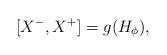
LaTeX: \begin{align*}[X^{-},X^{+}]=g(H_{\phi}),\end{align*}